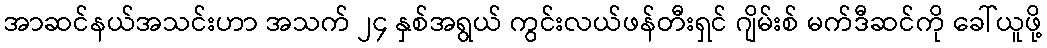
အာဆင်နယ်အသင်းဟာ အသက် ၂၄ နှစ်အရွယ် ကွင်းလယ်ဖန်တီးရှင် ဂျိမ်းစ် မက်ဒီဆင်ကို ခေါ်ယူဖို့